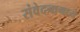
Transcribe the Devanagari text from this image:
संवेदनामध्ये